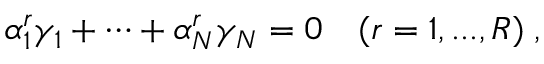
\alpha _ { 1 } ^ { r } \gamma _ { 1 } + \dots + \alpha _ { N } ^ { r } \gamma _ { N } = 0 \quad ( r = 1 , . . . , R ) \; ,